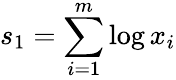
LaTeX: s_{1}=\sum_{i=1}^{m}\log x_{i}